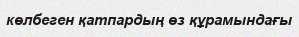
көлбеген қатпардың өз құрамындағы